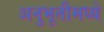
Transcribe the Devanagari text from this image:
अनुभूतीमध्ये